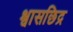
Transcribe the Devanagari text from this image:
श्वासछिद्र